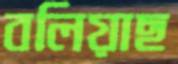
বলিয়াছ